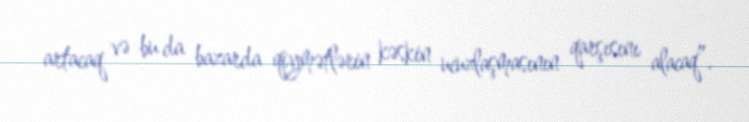
artacaq və bu da bazarda qiymətlərin kəskin ucuzlaşmasının qarşısını alacaq”.